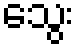
သွေး